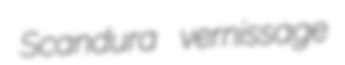
Scandura vernissage